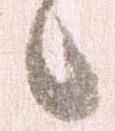
候